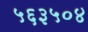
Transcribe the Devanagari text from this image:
५६३५०४